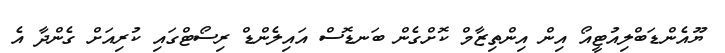
ޔޫއެންޑަބްލިއުޓީއޯ އިން އިންތިޒާމް ކޮށްގެން ބަނޑޮސް އައިލެންޑް ރިސޯޓްގައި ކުރިއަށް ގެންދާ އެ